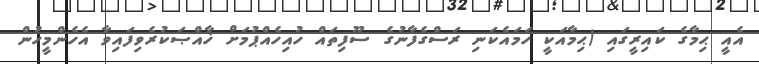
އެއީ ޙިމާގެ ކައިރީގައި (ޙިމާއަކީ ހަމައެކަނި ރަސްގެފާނުގެ ސޫފިތައް ހުއިހެއްޕުމަށް ޚާއްޞަކުރެވިފައިވާ އެހެންމީހުން